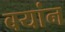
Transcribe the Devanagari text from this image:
बयांन